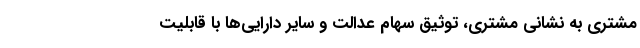
مشتری به نشانی مشتری، توثیق سهام عدالت و سایر دارایی‌ها با قابلیت